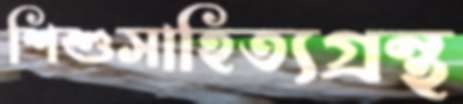
শিশুসাহিত্যগ্রন্থ